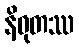
နိဝုတဿ